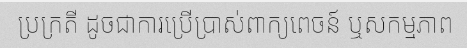
ប្រក្រតី ដូចជាការប្រើប្រាស់ពាក្យពេចន៍ ឬសកម្មភាព